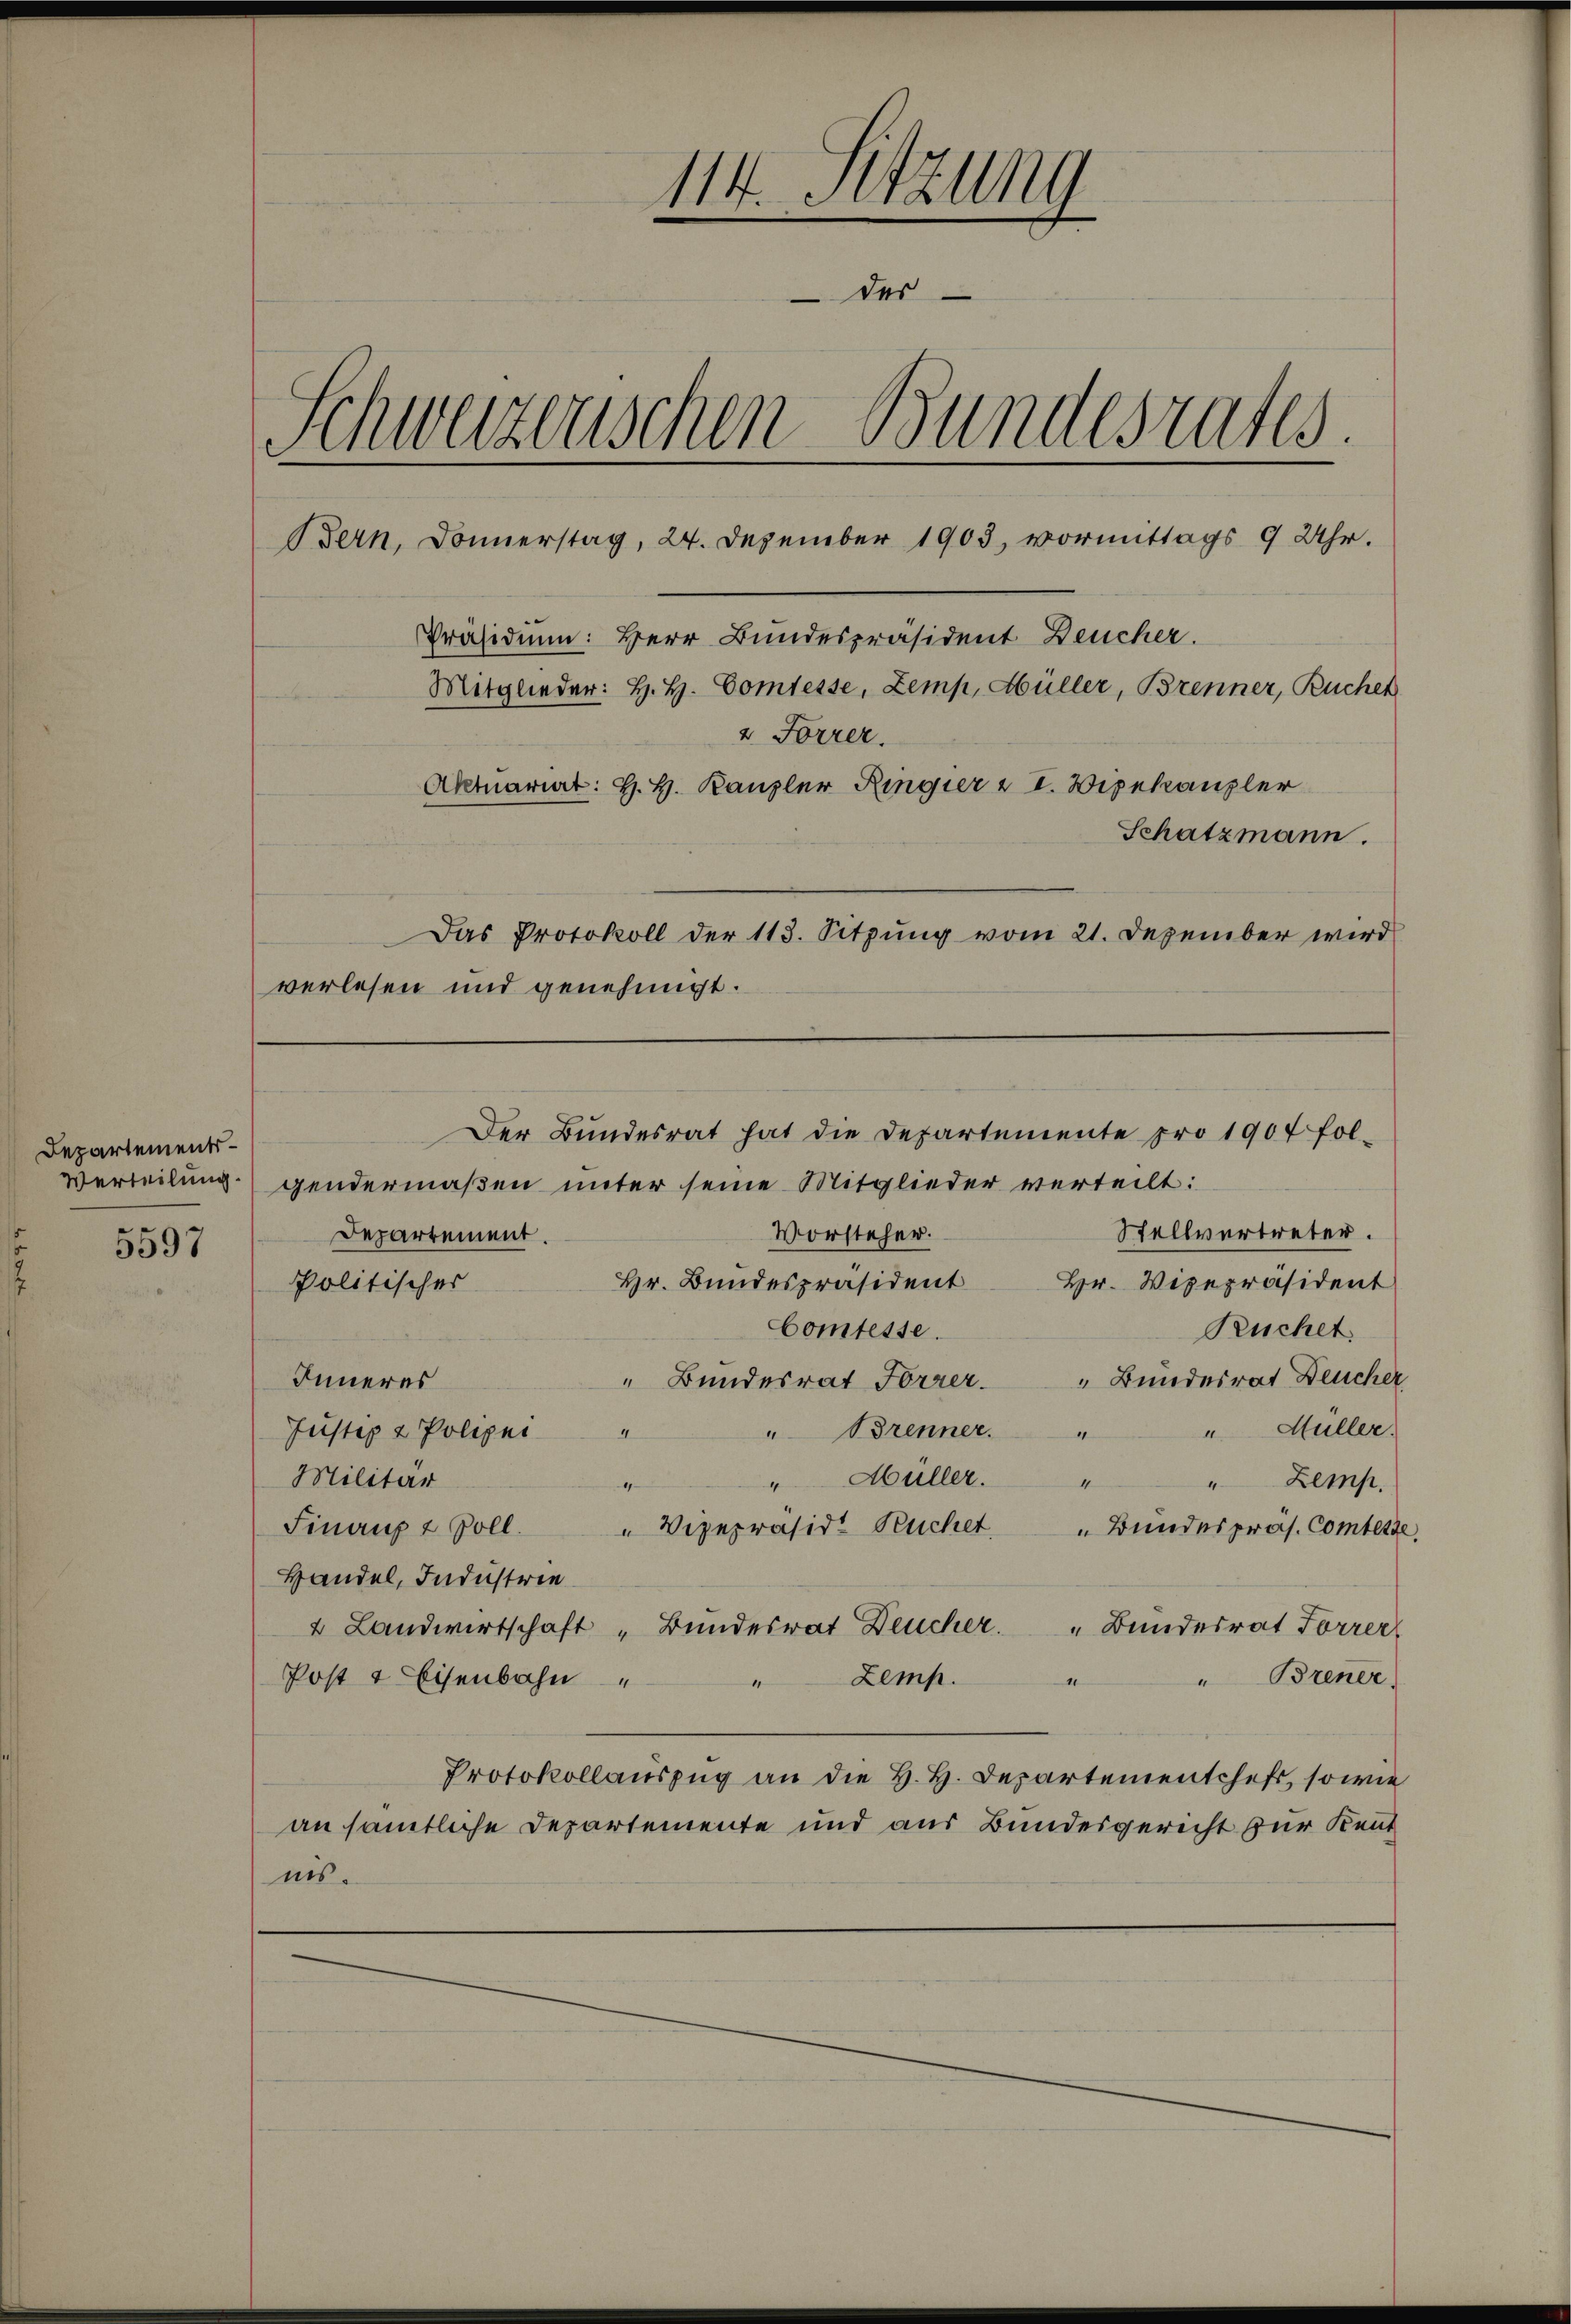
Departements¬
Verteilung.

5597

114. Sitzung
des
Schweizerischen Bundesrates
Bern, Donnerstag, 24. Dezember 1903, vormittags 9 Uhr.
Präsidium: Herr Bundespräsident Deucher.
Mitglieder: H. H. Comtesse, Zemp, Hüller, Brenner, Buchen
v Forrer.
Aktuariat: H. H. Kanzler Ringier & I. Wipekanzler
Schatzmann.

verlesen und genehmigt.

Der Bundesrat hat die Departemente pro 1907 fol-

Das Protokoll der 113. Sitzŭng vom 21. Dezember wird

gendermaßen unter seine Mitglieder verteilt:
Stellvertreter.
Vorsteher.
Departement.
Hr. Bŭndespräsident Hr. Vizepräsident
Politischer
Comtesse.
Ruchet
Inneres
 Bundesrat Forrer " Bundesrat Deucher
" Müller.
Justiz & Polizei
" Brenner.
4
x
Abüller.
Militär
4
" Zemp.
4
4
Finanzt soll. " Vizepräsidt Ruchet " Bŭndespräs. Comtesse
Handel, Industrie
2 Landwirtschaft „Bundesrat Deucher.
"Bundesrat Forrer
Brener
Post & Eisenbahn
Zemp.
4
0
1
Protokollauszug an die H. H. Departementcheft, sowie
an sämtliche Departemente und aus Bundesgericht zur Kent
nis.